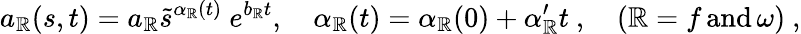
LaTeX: a_{\mathbb{R}}(s,t)=a_{\mathbb{R}}\tilde{{s}}^{\alpha_{\mathbb{R}}(t)}\ e^{b_{\mathbb{R}}t},\quad\alpha_{\mathbb{R}}(t)=\alpha_{\mathbb{R}}(0)+\alpha_{\mathbb{R}}^{\prime}t\ ,\quad(\mathbb{R}=f\, \mathrm{{and}}\, \omega)\ ,